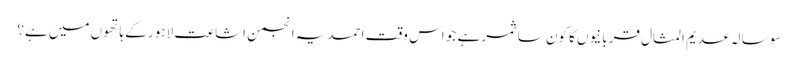
سو سالہ عدیم المثال قربانیوں کا کون سا ثمر ہے جو اس وقت احمدیہ انجمن اشاعت لاہور کے ہاتھوں میں ہے؟